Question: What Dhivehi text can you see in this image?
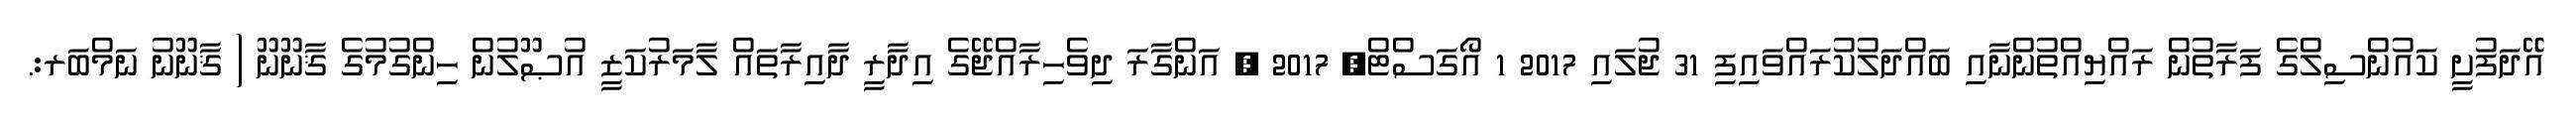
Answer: އޭދަފުށީ ކައުންސިލްގެ ފަރާތުން ރައްޔިއްތުންނާއި ބައްދަލުކުރައްވައިފި 31 ޖުލައި 2017 1 އޯގަސްޓް, 2017 , އަންގާރަ ދިވެހިރާއްޖޭގެ އިދާރީ ދާއިރާތައް ލާމަރުކަޒީ އުޞޫލުން ހިންގުމުގެ ޤާނޫނޫ ( ޤާނޫނު ނަމްބަރ:.